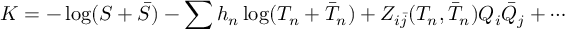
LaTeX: { \cal K } = - \log ( S + \bar { S } ) - \sum h _ { n } \log ( T _ { n } + \bar { T } _ { n } ) + Z _ { i \bar { j } } ( T _ { n } , \bar { T } _ { n } ) Q _ { i } \bar { Q } _ { j } + \cdots